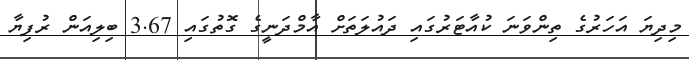
މިދިޔަ އަހަރުގެ ތިންވަނަ ކުއާޓަރުގައި ދައުލަތަށް އާމްދަނީގެ ގޮތުގައި 3.67 ބިލިއަން ރުފިޔާ